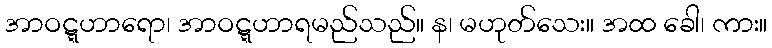
အာဝဋ္ဋဟာရော၊ အာဝဋ္ဋဟာရမည်သည်။ န၊ မဟုတ်သေး။ အထ ခေါ၊ ကား။